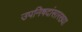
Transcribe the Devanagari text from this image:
उपनिषदांसारख्या